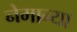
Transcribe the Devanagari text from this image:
नेमान्या